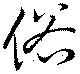
俗